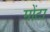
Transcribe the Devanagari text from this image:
मोंटा